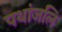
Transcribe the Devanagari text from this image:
पथांजलि